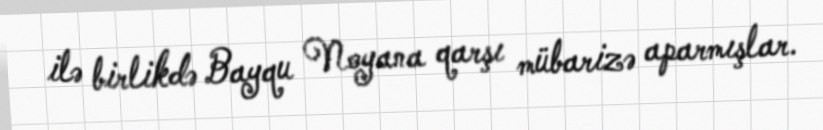
ilə birlikdə Bayqu Noyana qarşı mübarizə aparmışlar.